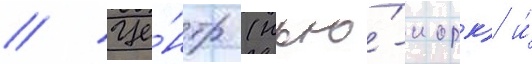
// Це́нтр (нью́-иорк) и́